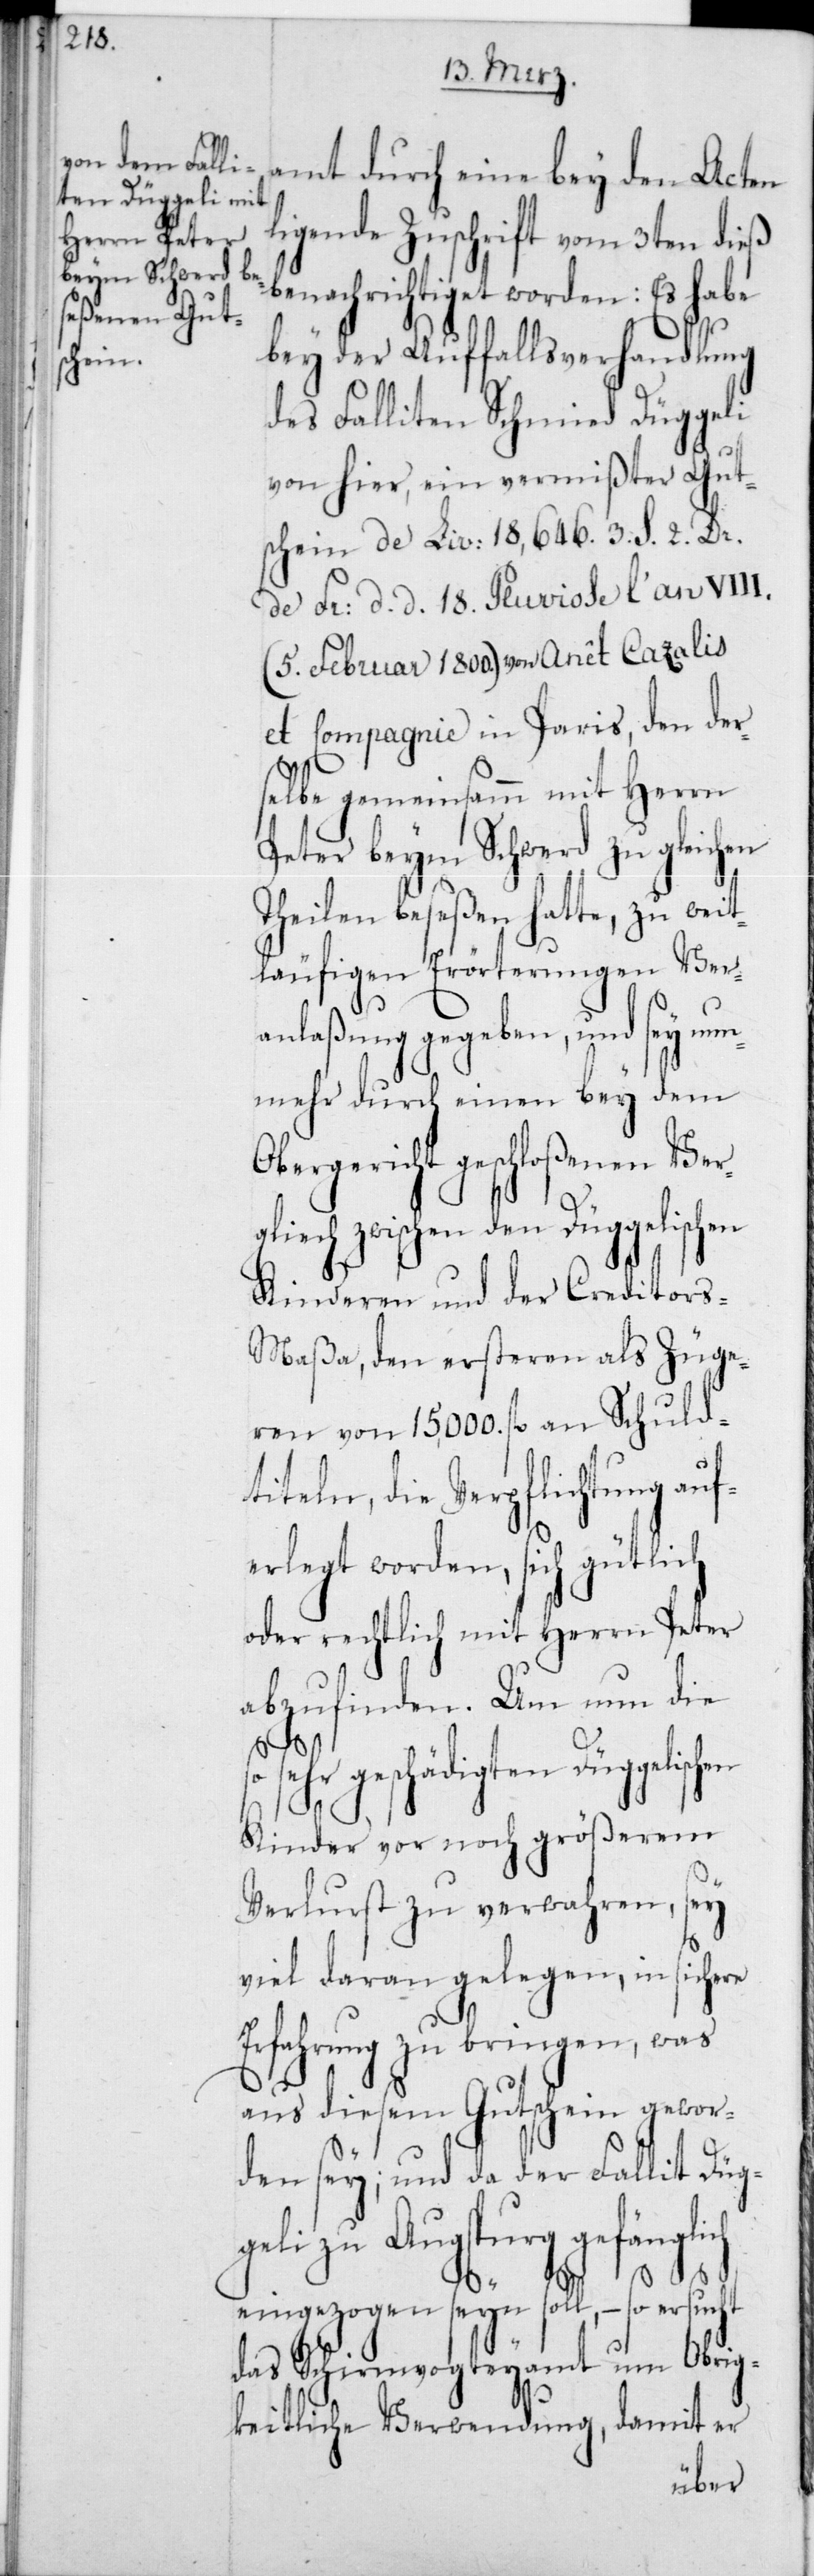
ben¬

amt durch eine bei den Acten
liegende Zuschrift vom 3ten dieß
achrichtiget worden: Es habe
bey der Auffallsverhandlung
des Falliten Schmied Düggeli
von hier, ein vermißter Gut¬
schein de Liv: 18,646 3 S. 2 Dr.
de Fr: d. d. 18. Pluviose l’an VIII
(5. Februar 1800) von Anêt Cazalis
et compagnie in Paris, den der¬
selbe gemeinsamm mit Herrn
Peter beim Schwerd zu gleichen
Teilen beseßen hatte, zu weit¬
läufigen Erörterungen Ver¬
anlaßung gegeben, und sey nun¬
mehr durch einen bey dem
Obergericht geschloßenen Ver¬
gliech zwischen den Düggelischen
Kinderen und der Creditor¬
s-Maßa, den ersteren als Züge¬
ren von 15,000 fl. an Schuld¬
titeln, die Verpflichtung a¬
erlegt worden, sich gütlich
oder rechtlich mit Herrn Peter
abzufinden. Um nun die
sehr geschädigten Düggelischen
Kinder vor noch größerem
Verlust zu verwahren, sey
viel daran gelegen, in sichere
Erfahrung zu bringen, was
aus diesem Gutschein gewor¬
den sey; und da der Fallit Düg¬
geli zu Augspurg gefänglich
uf¬
eingezogen seyn soll, – so ersucht
das Schirmvogteyamt um Obrig¬
keitliche Verwendung, damit er